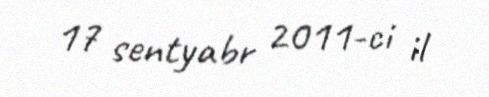
17 sentyabr 2011-ci il